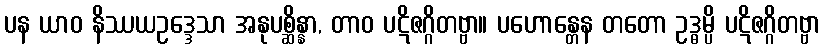
ပန ယာဝ နိဿယဥဒ္ဒေသာ အနုပစ္ဆိန္နာ, တာဝ ပဋိဇဂ္ဂိတဗ္ဗာ။ ပဟောန္တေန တတော ဥဒ္ဓမ္ပိ ပဋိဇဂ္ဂိတဗ္ဗာ